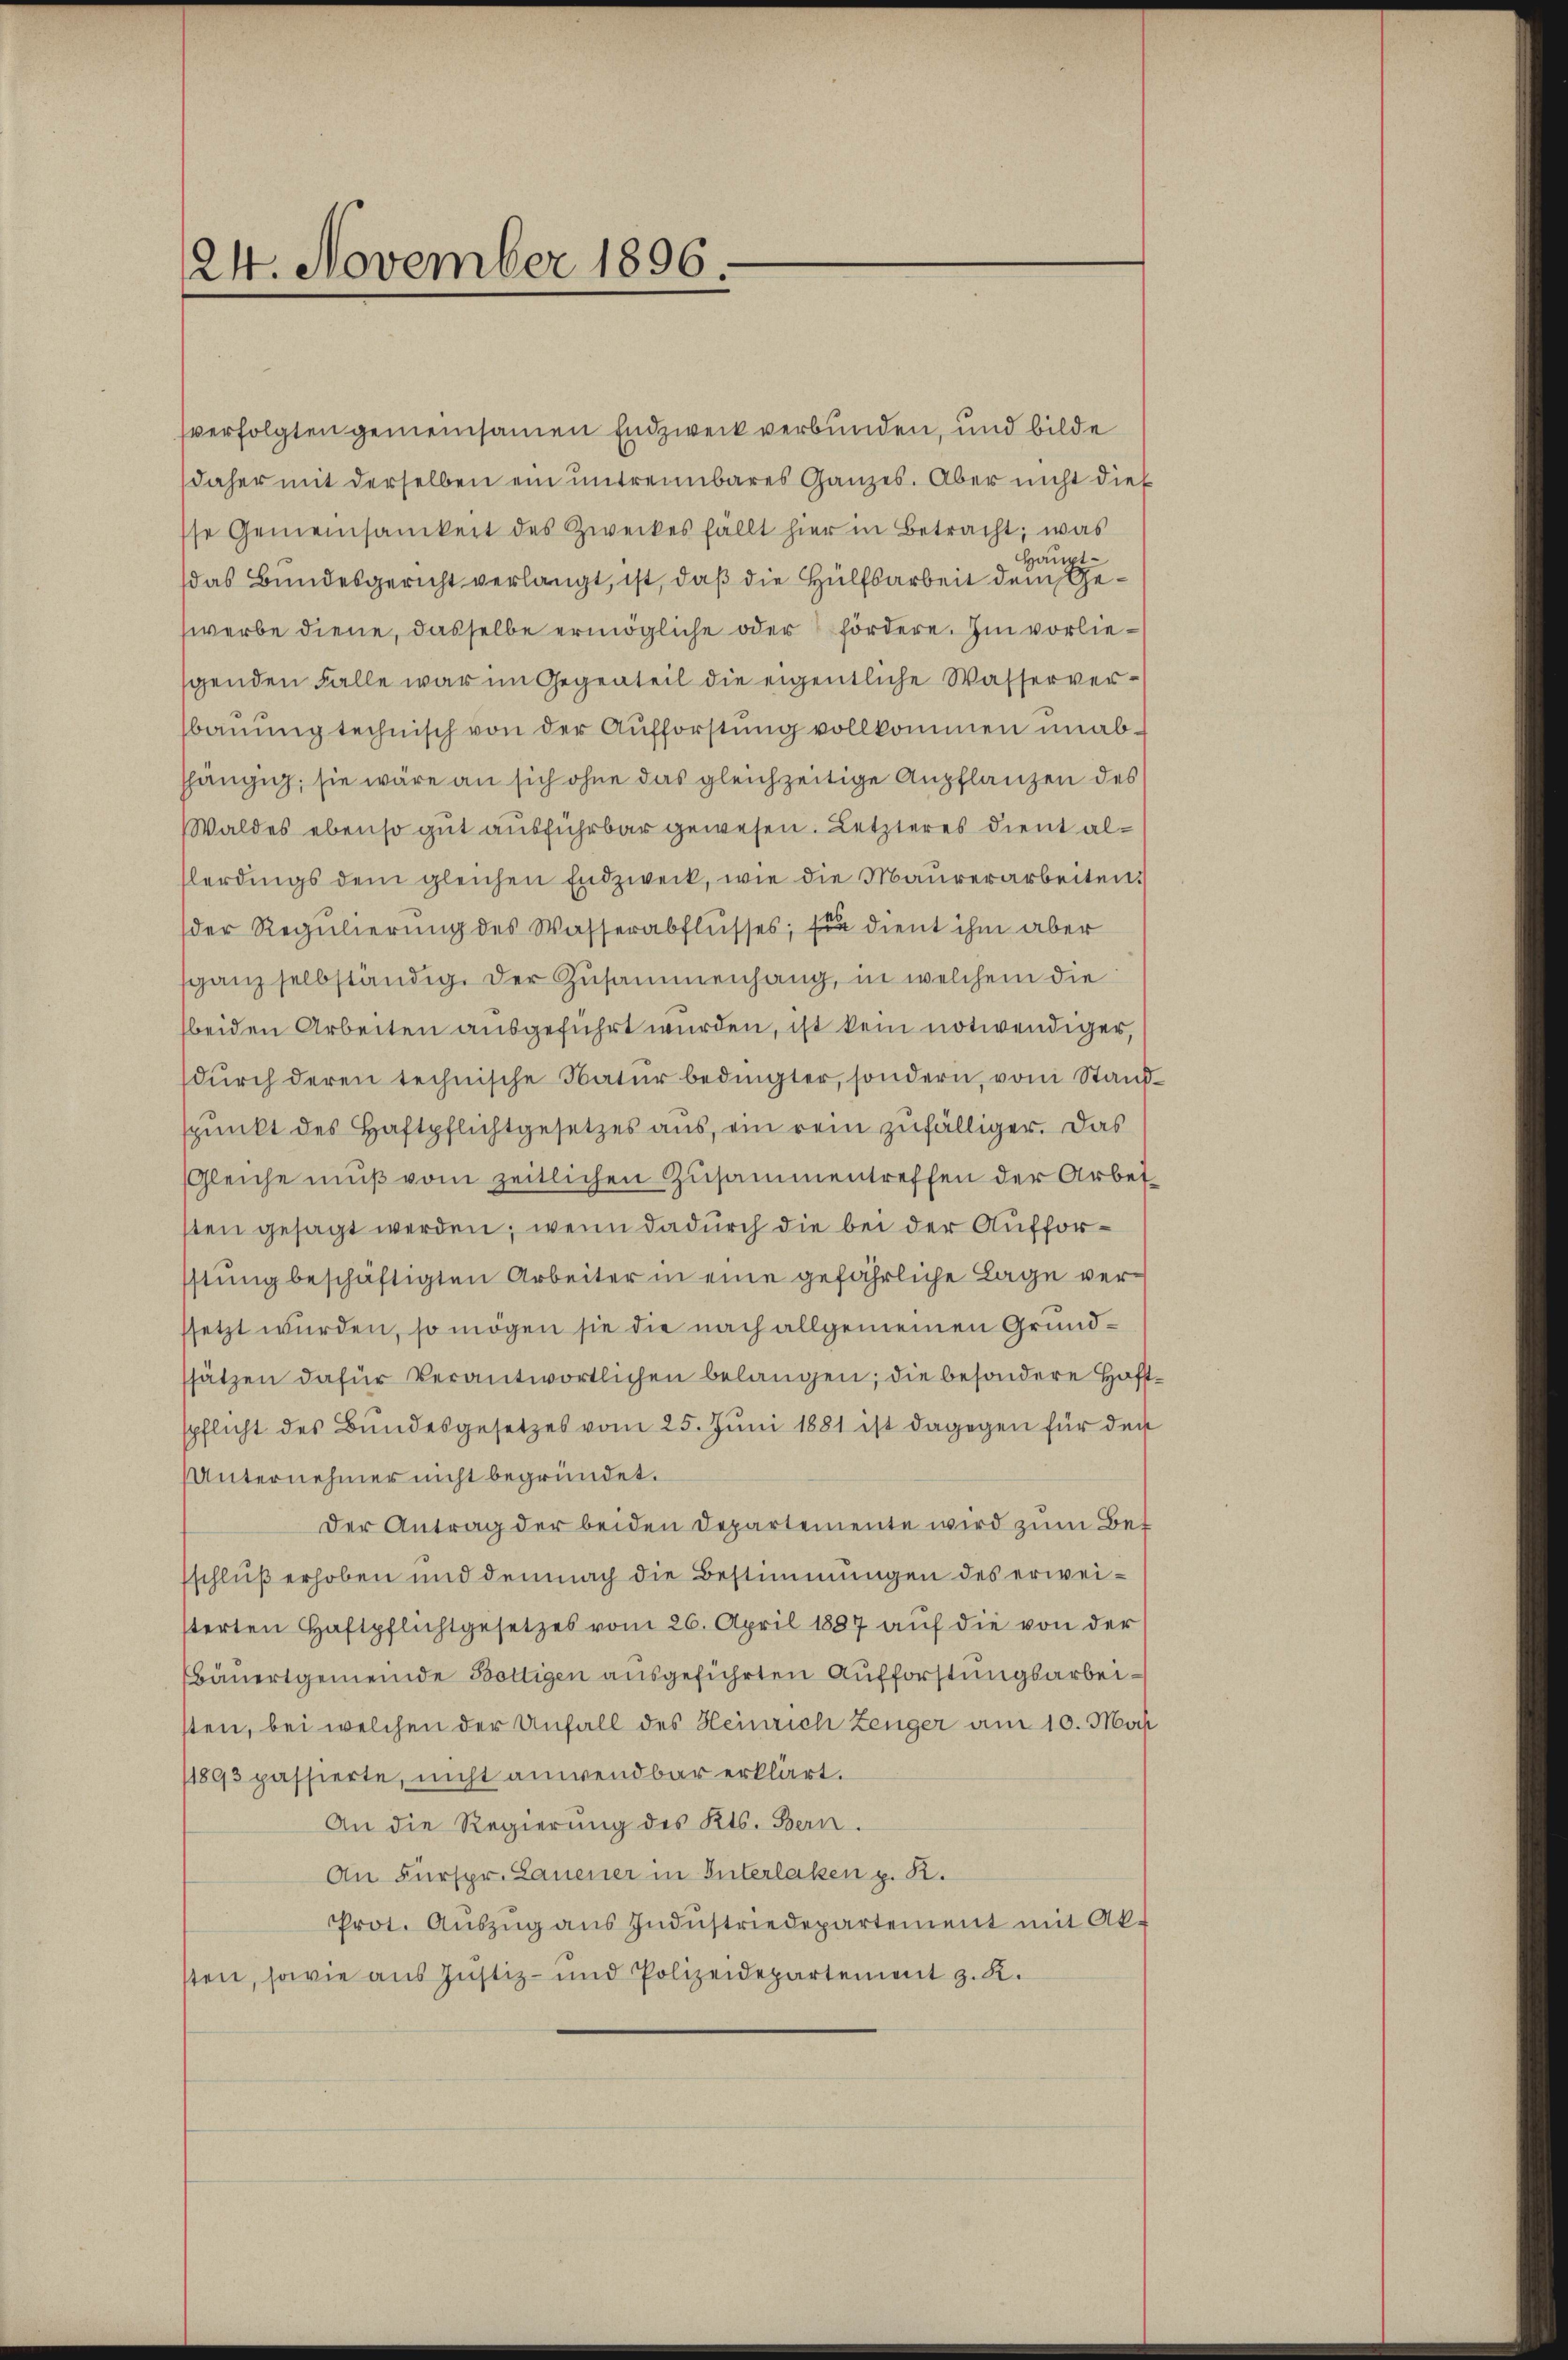
24. November 1896.

verfolgten gemeinsamen Endzweck verbunden, und bilde
daher mit derselben ein untrennbares Ganzes. Aber nicht dies
sse Gemeinsamkeit des Zweckes fällt hier in Betracht; was
Hauptdas Bundesgericht verlangt, ist, daß die Hülfsarbeit dem Gewerbe diene, dasselbe ermögliche oder fördere. Im vorliegenden Falle war im Gegenteil die eigentliche Wasserverbauung technisch von der Aufforstung vollkommen unabshängig, sie wäre an sich ohne das gleichzeitige Anpflanzen des
Waldes ebenso gut ausführbar gewesen. Letzteres dient alflerdings dem gleichen Endzweck, wie die Maŭrerarbeiten.
der Regulierung des Wasserabflusses; sie dient ihm aber
sganz selbständig. Der Zusammenhang, in welchem die
beiden Arbeiten ausgeführt wurden, ist kein notwendiger,
dŭrch deren technische Natŭr bedingter, sondern, vom Stand
spunkt des Haftpflichtgesetzes aus, ein rein zufälliger. Das
Gleiche mŭβ vom zeitlichen Zusammentreffen der Arbei
sten gesagt werden; wenn dadurch die bei der Aufforstung beschäftigten Arbeiter in eine gefährliche Lage verssetzt wurden, so mögen sie die nach allgemeinen Grundssätzen dafür verantwortlichen belangen; die besondere Haft
pflicht des Bundesgesetzes vom 25. Jŭni 1881 ist dagegen für den
Unternehmer nicht begründet.
Der Antrag der beiden Departemente wird zum Bet
sschluß erhoben und demnach die Bestimmungen des erweisterten Haftpflichtgesetzes vom 26. April 1887 auf die von der
bäuertgemeinde Boltigen ausgeführten Aufforstungsarbeisten, bei welchen der Unfall des Heinrich Zeuger am 10. Mach
11893 passierte, nicht anwendbar erklärt.
An die Regierung des Kts. Bern.
An Fürspr. Lauener in Interlaken z. R.
Prot. Aŭszŭg aŭs Indŭstriedepartement mit Akt
sten, sowie aus Justiz- und Polizeidepartement z. K.